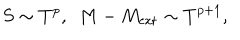
S \sim T ^ { p } , \ \ M - M _ { \mathrm { e x t } } \sim T ^ { p + 1 } ,